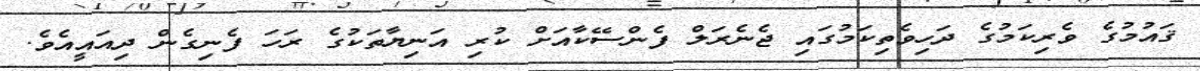
ޤައުމުގެ ވެރިކަމުގެ ދަހިވެތިކަމުގައި ޖެނެރަލް ފެންސޭކާއަށް ކުރި އަނިޔާތަކުގެ ރަހަ ފެނިގެން ދިއައީއެވެ.